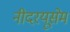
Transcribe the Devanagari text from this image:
नीदरयूसेम